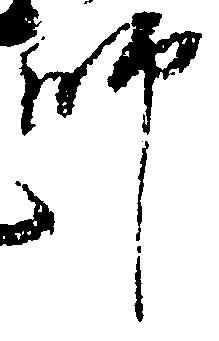
師